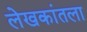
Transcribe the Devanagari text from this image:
लेखकांतला